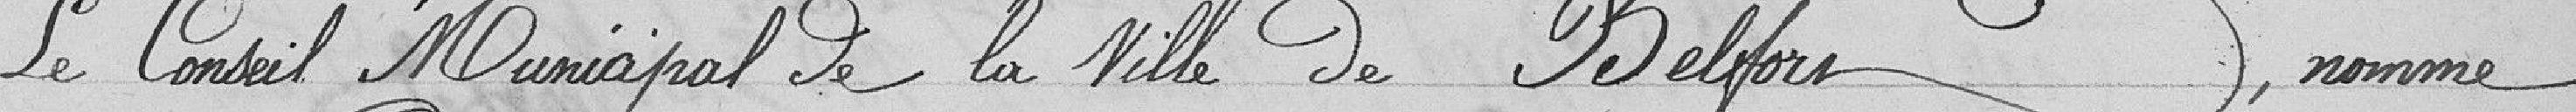
Le Conseil municipal de la ville de Belfort, nomme